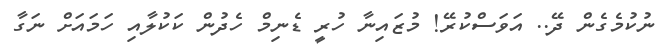
ނުކުމެގެން ދޭ.. އަވަސްކުރޭ! މުޒައިނާ ހުރީ ޑެނިމް ހެދުން ކަކުލާއި ހަމައަށް ނަގާ